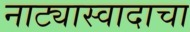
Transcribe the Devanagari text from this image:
नाट्यास्वादाचा